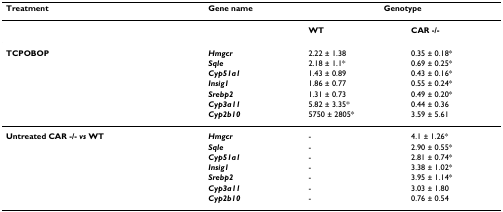
| Treatment | Gene name | <COLSPAN=2> Genotype |
 | --- | --- | --- | --- |
 |  |  | WT | CAR -/- |
 | TCPOBOP | Hmgcr | 2.22 ± 1.38 | 0.35 ± 0.18* |
 |  | Sqle | 2.18 ± 1.1* | 0.69 ± 0.25* |
 |  | Cyp51a1 | 1.43 ± 0.89 | 0.43 ± 0.16* |
 |  | Insig1 | 1.86 ± 0.77 | 0.55 ± 0.24* |
 |  | Srebp2 | 1.31 ± 0.73 | 0.49 ± 0.20* |
 |  | Cyp3a11 | 5.82 ± 3.35* | 0.44 ± 0.36 |
 |  | Cyp2b10 | 5750 ± 2805* | 3.59 ± 5.61 |
 | Untreated CAR -/- vs WT | Hmgcr | - | 4.1 ± 1.26* |
 |  | Sqle | - | 2.90 ± 0.55* |
 |  | Cyp51a1 | - | 2.81 ± 0.74* |
 |  | Insig1 | - | 3.38 ± 1.02* |
 |  | Srebp2 | - | 3.95 ± 1.14* |
 |  | Cyp3a11 | - | 3.03 ± 1.80 |
 |  | Cyp2b10 | - | 0.76 ± 0.54 |